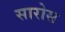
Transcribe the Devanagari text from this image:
सारोस